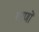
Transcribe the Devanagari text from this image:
वरणों